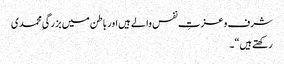
شرف و عزتِ نفس والے ہیں اور باطن میں بزرگیِ محمدی
رکھتے ہیں“۔